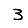
Digit: 3